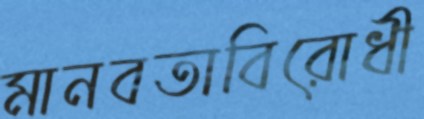
মানবতাবিরোধী